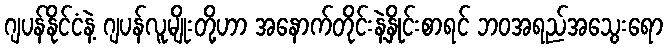
ဂျပန်နိုင်ငံနဲ့ ဂျပန်လူမျိုးတို့ဟာ အနောက်တိုင်းနဲ့နှိုင်းစာရင် ဘဝအရည်အသွေးရော